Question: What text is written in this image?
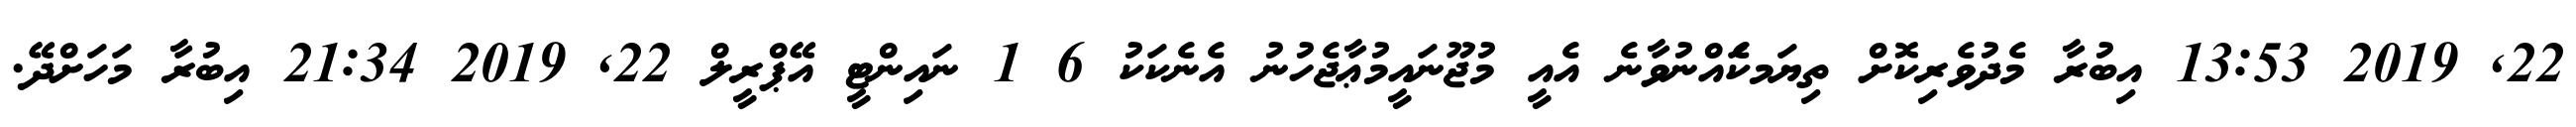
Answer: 22, 2019 13:53 އިބުރާ މެދުވެރިކޮށް ތިޔަމކަެއްނުވާނެ އެއީ މުޖޫނައީމުޢާޖެހުނު އެނެކަކު 6 1 ނައިންޓީ އޭޕްރީލް 22, 2019 21:34 އިބުރާ މަހަށްދޭ.